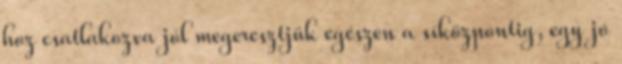
hoz csatlakozva jól megeresztjük egészen a síközpontig, egy jó